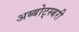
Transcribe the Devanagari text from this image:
अब्बोट्स्बरी